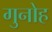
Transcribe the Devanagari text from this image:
गुनोह